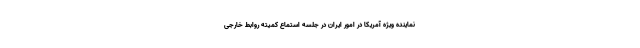
نماینده ویژه آمریکا در امور ایران در جلسه استماع کمیته روابط خارجی